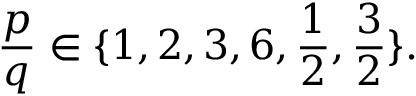
{ \frac { p } { q } } \in \{ 1 , 2 , 3 , 6 , { \frac { 1 } { 2 } } , { \frac { 3 } { 2 } } \} .